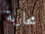
محاربة